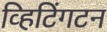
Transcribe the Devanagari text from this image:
व्हिटिंगटन